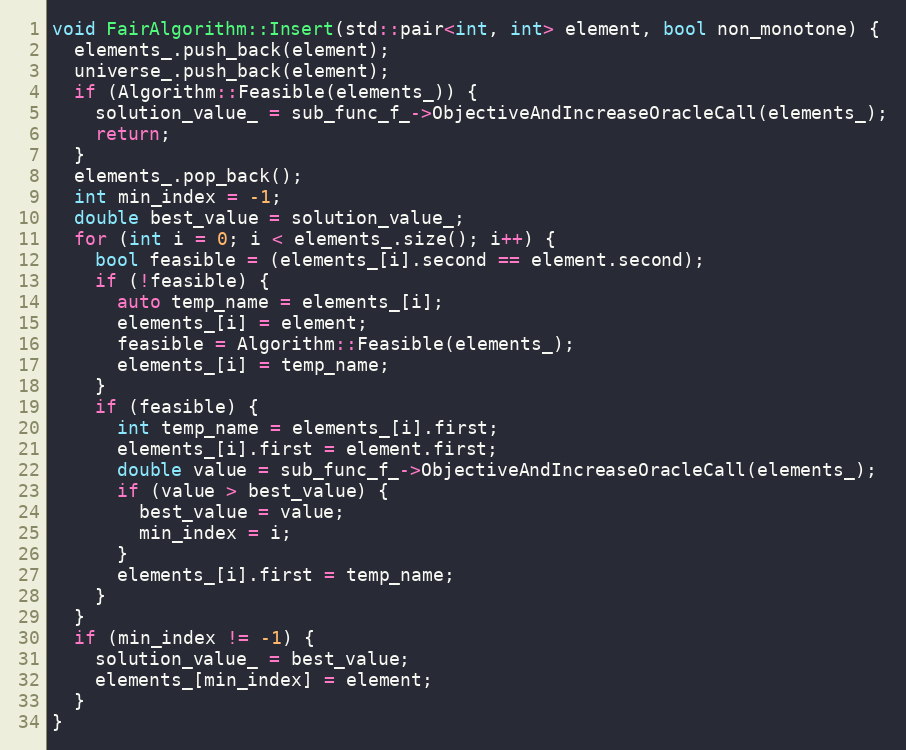
Language: C++
void FairAlgorithm::Insert(std::pair<int, int> element, bool non_monotone) {
  elements_.push_back(element);
  universe_.push_back(element);
  if (Algorithm::Feasible(elements_)) {
    solution_value_ = sub_func_f_->ObjectiveAndIncreaseOracleCall(elements_);
    return;
  }
  elements_.pop_back();
  int min_index = -1;
  double best_value = solution_value_;
  for (int i = 0; i < elements_.size(); i++) {
    bool feasible = (elements_[i].second == element.second);
    if (!feasible) {
      auto temp_name = elements_[i];
      elements_[i] = element;
      feasible = Algorithm::Feasible(elements_);
      elements_[i] = temp_name;
    }
    if (feasible) {
      int temp_name = elements_[i].first;
      elements_[i].first = element.first;
      double value = sub_func_f_->ObjectiveAndIncreaseOracleCall(elements_);
      if (value > best_value) {
        best_value = value;
        min_index = i;
      }
      elements_[i].first = temp_name;
    }
  }
  if (min_index != -1) {
    solution_value_ = best_value;
    elements_[min_index] = element;
  }
}